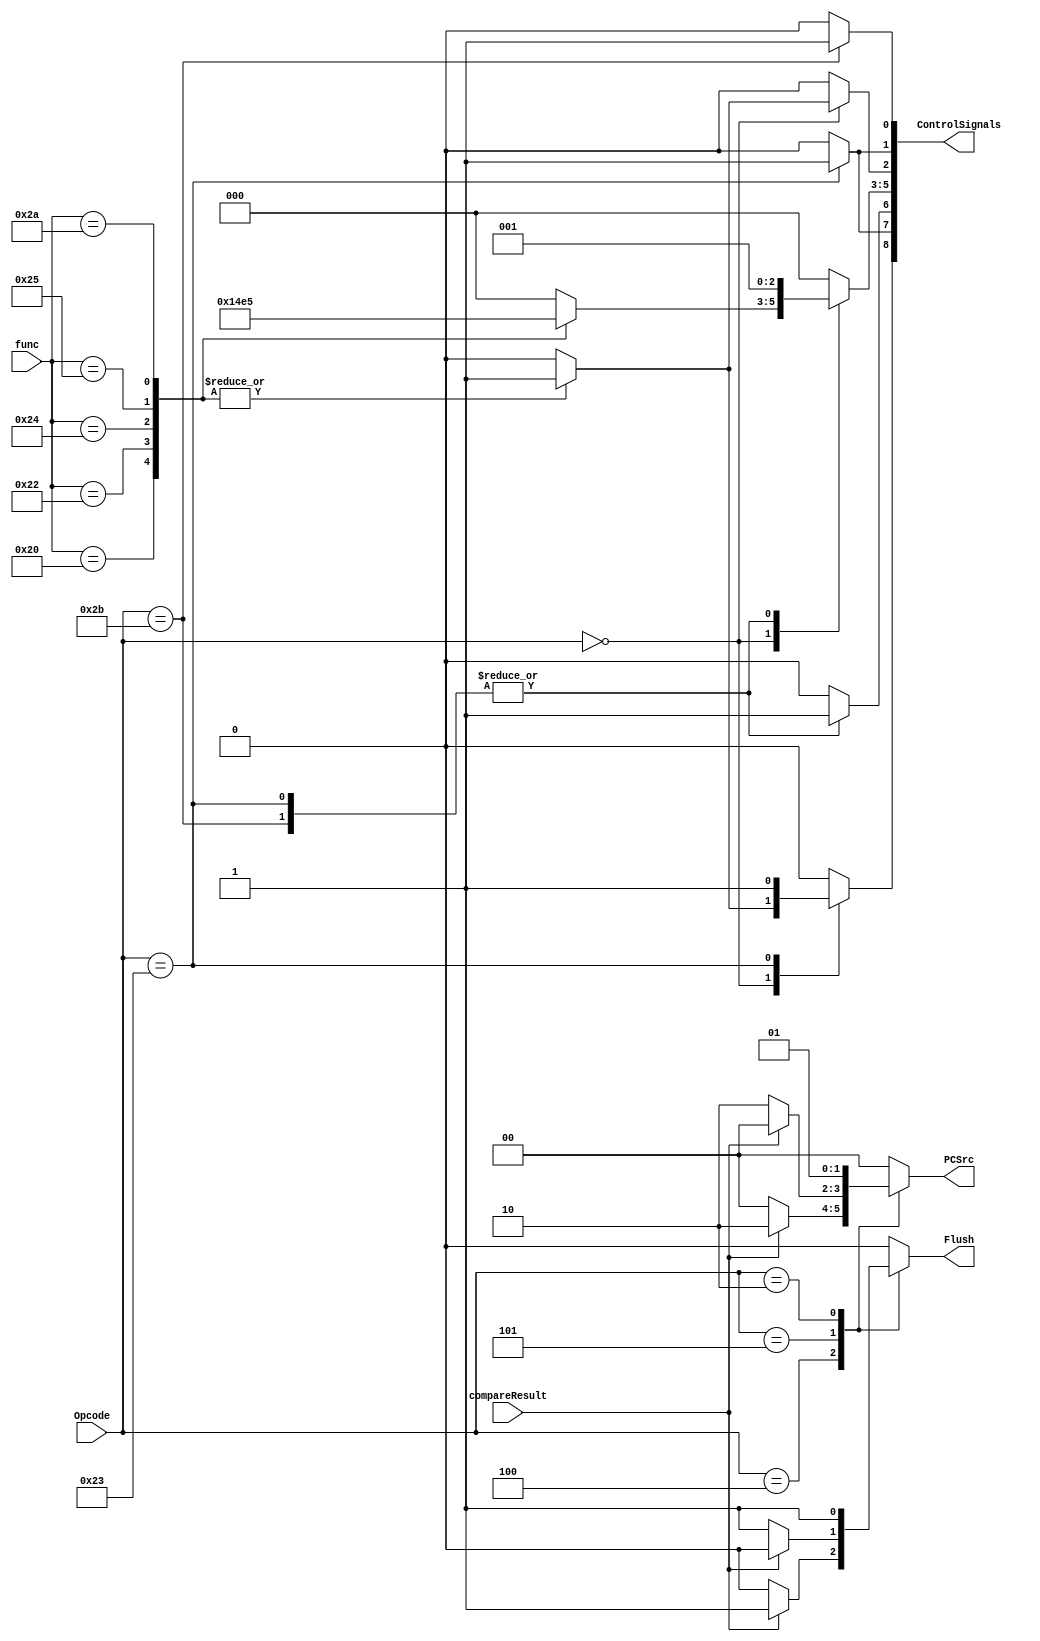
`timescale 1ns/1ns
module ControlUnit(input [5:0] Opcode,func, input compareResult, output [8:0] ControlSignals, output [1:0] PCSrc, output Flush);
	reg [2:0] aluop;
	reg [1:0] pcsrc;
	reg alusrc,regDst,memRead,memWrite,regWrite,memToreg;
	reg flush;
  
	always@(Opcode,func,compareResult) begin
		aluop = 3'b000; //nop
		pcsrc = 2'b00;
		{alusrc,regDst,memRead,memWrite,regWrite,memToreg,flush} = 7'b0;
		case(Opcode)
		    6'b000000: begin //R-Type
				  case(func)
				    6'b100000: begin //add
				      aluop = 3'b001; //add
				      alusrc = 0;
				      regDst = 1;
				      memToreg = 0;
				      regWrite = 1;
				    end
				    6'b100010: begin //sub
				      aluop = 3'b010; //sub
				      alusrc = 0;
				      regDst = 1;
				      memToreg = 0;
				      regWrite = 1;
				    end
				    6'b100100: begin //and
				      aluop = 3'b011; //and
				      alusrc = 0;
				      regDst = 1;
				      memToreg = 0;
				      regWrite = 1;
				    end
				    6'b100101: begin //or
				      aluop = 3'b100; //or
				      alusrc = 0;
				      regDst = 1;
				      memToreg = 0;
				      regWrite = 1;
				    end
				    6'b101010: begin //slt
				      aluop = 3'b101; //slt
				      alusrc = 0;
				      regDst = 1;
				      memToreg = 0;
				      regWrite = 1;
				    end
				    default: begin
				      aluop = 3'b000; //nop
				    end
				  endcase
			  end
			  6'b000100: begin //beq
				  aluop = 3'b000; //nop
				  if (compareResult == 1) begin
				    flush = 1;
				    pcsrc = 2'b10;
				  end
				  else begin
				    flush = 0;
				    pcsrc = 2'b00;
				  end
			  end
			  6'b000101: begin //bne
				  aluop = 3'b000; //nop
				  if (compareResult == 0) begin
				    flush = 1;
				    pcsrc = 2'b10;
				  end
				  else begin
				    flush = 0;
				    pcsrc = 2'b00;
				  end
			  end
			  6'b000010: begin //jump
				  aluop = 3'b000; //nop
				  flush = 1;
				  pcsrc = 2'b01;
			  end
			  6'b100011: begin //lw
				  aluop = 3'b001; //add
				  alusrc = 1;
				  regDst = 0;
				  memRead = 1;
				  memToreg = 1;
				  regWrite = 1;
			  end
			  6'b101011: begin //sw
				  aluop = 3'b001; //add
				  alusrc = 1;
				  memWrite = 1;
			  end
			  default: begin
			    aluop = 3'b000; //nop
		      pcsrc = 2'b00;
		      {alusrc,regDst,memRead,memWrite,regWrite,memToreg,flush} = 7'b0;
		    end
		endcase
	end
	
	assign ControlSignals = {regWrite,memToreg,alusrc,aluop,regDst,memRead,memWrite};
	assign Flush = flush;
	assign PCSrc = pcsrc;
endmodule